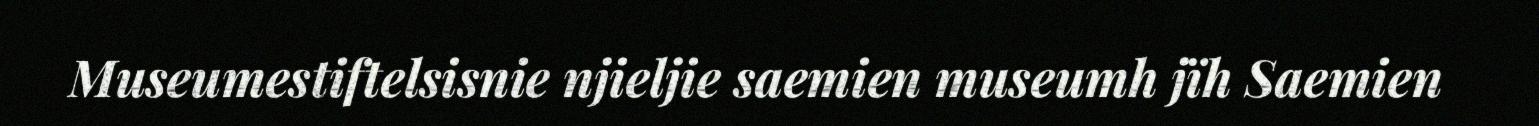
Museumestiftelsisnie njieljie saemien museumh jïh Saemien